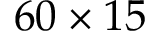
6 0 \times 1 5